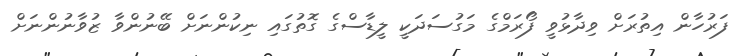
ފަރުހާން އިތުރަށް ވިދާޅުވީ ފޯރަމްގެ މަގުސަދަކީ ލީޑާސްގެ ގޮތުގައި ނިކުންނަށް ބޭނުންވާ ޒުވާނުންނަށް